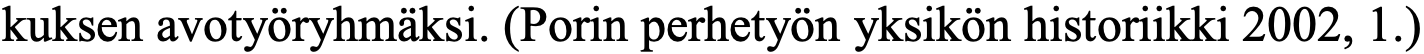
kuksen avotyöryhmäksi. (Porin perhetyön yksikön historiikki 2002, 1.)